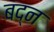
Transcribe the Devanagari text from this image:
बद्न